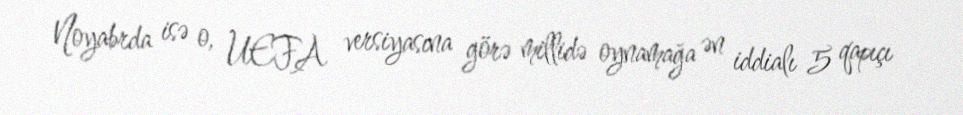
Noyabrda isə o, UEFA versiyasına görə millidə oynamağa ən iddialı 5 qapıçı